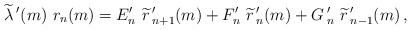
\begin{align*}\widetilde{\lambda}\,'(m)\ r_n(m)=E'_{n}\ \widetilde{r}\,'_{n+1}(m) +F'_n\ \widetilde{r}\,'_{n}(m) +G\,'_n\ \widetilde{r}\,'_{n-1}(m) \,,\end{align*}